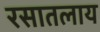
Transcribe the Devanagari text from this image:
रसातलाय